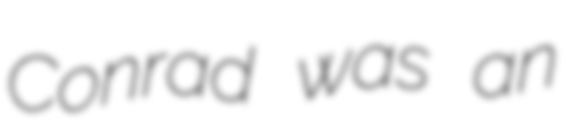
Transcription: Conrad was an